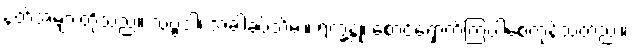
နတ်အများတို့သည်။ သဗ္ဗဒါ၊ အခါခပ်သိမ်း။ ရက္ခန္တု၊ စောင့်ရှောက်ကြပါစေကုန်သတည်း။